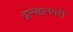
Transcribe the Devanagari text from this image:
द्वारकानगरी